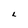
Character: L